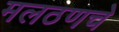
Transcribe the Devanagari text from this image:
मलठणचे